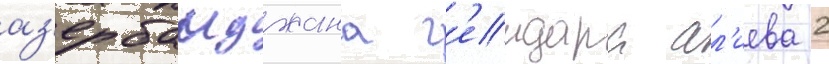
аз'ербаиджана г'еидара ал'иева 2